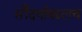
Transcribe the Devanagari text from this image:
सौंदर्याबद्दलच